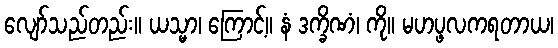
လျော်သည်တည်း။ ယသ္မာ၊ ကြောင့်။ နံ ဒက္ခိဏံ၊ ကို။ မဟပ္ဖလကရတာယ၊